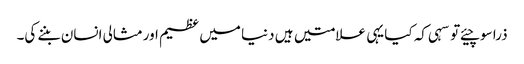
ذرا سوچیئے تو سہی کہ کیا یہی علامتیں ہیں دنیا میں عظیم اورمثالی انسان بننے کی۔